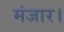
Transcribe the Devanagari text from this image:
मंजार।